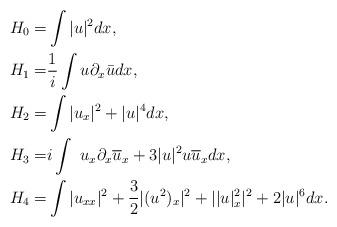
LaTeX: \begin{align*} H_0=& \int |u|^2 dx, \\ H_1=& \frac1i \int u \partial_x \bar u dx ,\\ H_2=& \int |u_x|^2 + |u|^4 dx, \\H_3 = & i \int \ u_x \partial_x \overline{u}_x + 3 |u|^2 u \overline{u}_x dx, \\H_4 =& \int |u_{xx}|^2 + \frac32 |(u^2)_x|^2+ ||u|^2_x|^2 + 2 |u|^6 dx.\end{align*}